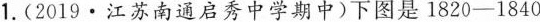
1.(2019·江苏南通启秀中学期中)下图是1820—1840